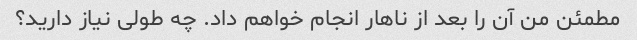
مطمئن من آن را بعد از ناهار انجام خواهم داد. چه طولی نیاز دارید؟